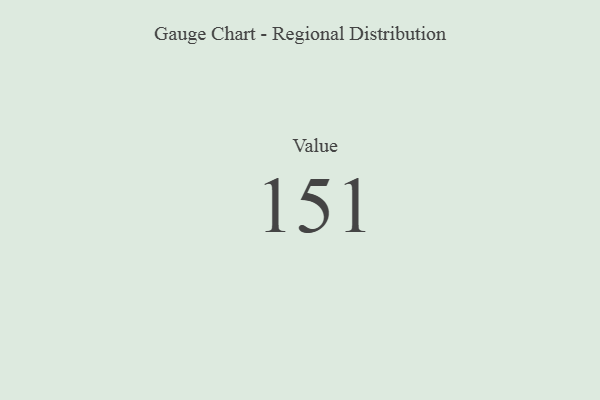
{"axis": {"x": "Metric", "y": "Value"}, "legend": [""], "data": [{"x": "Value", "y": 151, "type": ""}]}